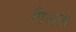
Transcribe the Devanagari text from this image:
गिजला